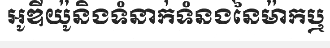
អូឌីយ៉ូនិងទំនាក់ទំនងនៃម៉ាកឬ